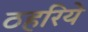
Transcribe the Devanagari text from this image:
ठहरिये